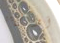
أوبراين